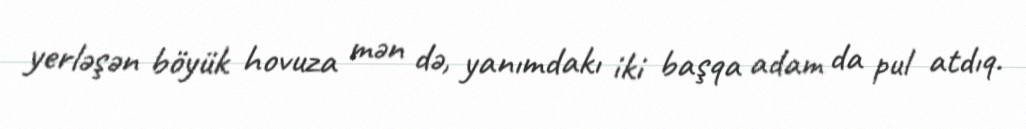
yerləşən böyük hovuza mən də, yanımdakı iki başqa adam da pul atdıq.